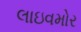
લાઇવમોર